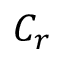
C _ { r }